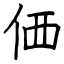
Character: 価